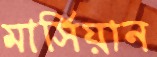
মার্সিয়ান